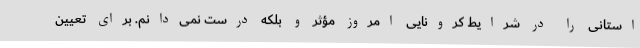
استانی را در شرایط کرونایی امروز مؤثر و بلکه درست نمی‌دانم. برای تعیین